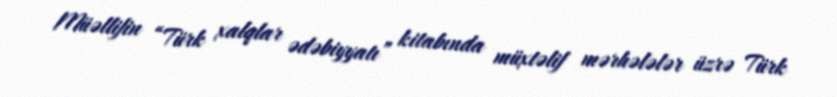
Müəllifin “Türk xalqlar ədəbiyyatı” kitabında müxtəlif mərhələlər üzrə Türk